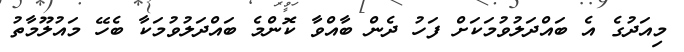
މިއަދުގެ އެ ބައްދަލުވުމަކަށް ފަހު ދެން ބާއްވާ ކޮންމެ ބައްދަލުވުމަކާ ބެހޭ މައުލޫމާތު